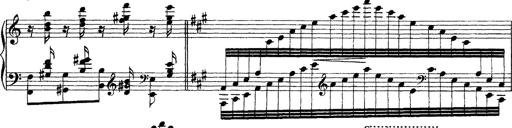
Title: Grandes Ã©tudes de Paganini
Composer: Franz Liszt